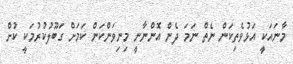
މާނައަކީ އަޅުވެތިކަން ނެތް ނަމަ ދެން އޮންނާނީ މިނިވަންކަން ކަމަށް ގަބޫލުކުރުމަކީ ކުށް